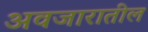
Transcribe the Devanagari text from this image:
अवजारातील